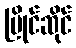
ပြိုင်ဆိုင်